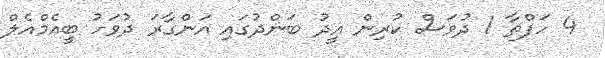
4 ހަފްތާ 1 ދުވަސް ކުރިން އީދު ބަންދުގައި އަންގާރަ ދުވަހު ބީއެމްއެލް